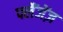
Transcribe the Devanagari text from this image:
फ्लैंजेंज़